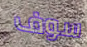
سوف